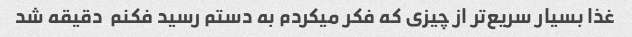
غذا بسیار سریع‌تر از چیزی که فکر میکردم به دستم رسید فکنم  دقیقه شد